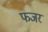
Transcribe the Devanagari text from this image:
फजर